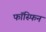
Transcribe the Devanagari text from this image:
फॉस्फिन